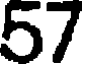
57